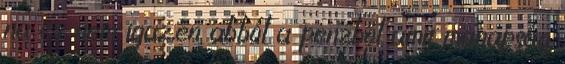
na ez nem igaz,én abból a pénzből amit manapság